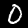
Label: 0